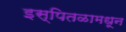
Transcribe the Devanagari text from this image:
इस्पितळामधून